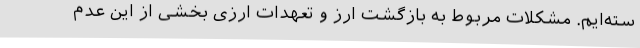
سته‌ایم. مشکلات مربوط به بازگشت ارز و تعهدات ارزی بخشی از این عدم